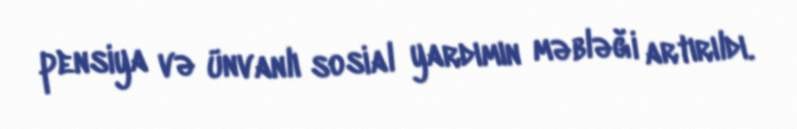
pensiya və ünvanlı sosial yardımın məbləği artırıldı.